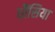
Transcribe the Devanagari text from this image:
धौंसिया